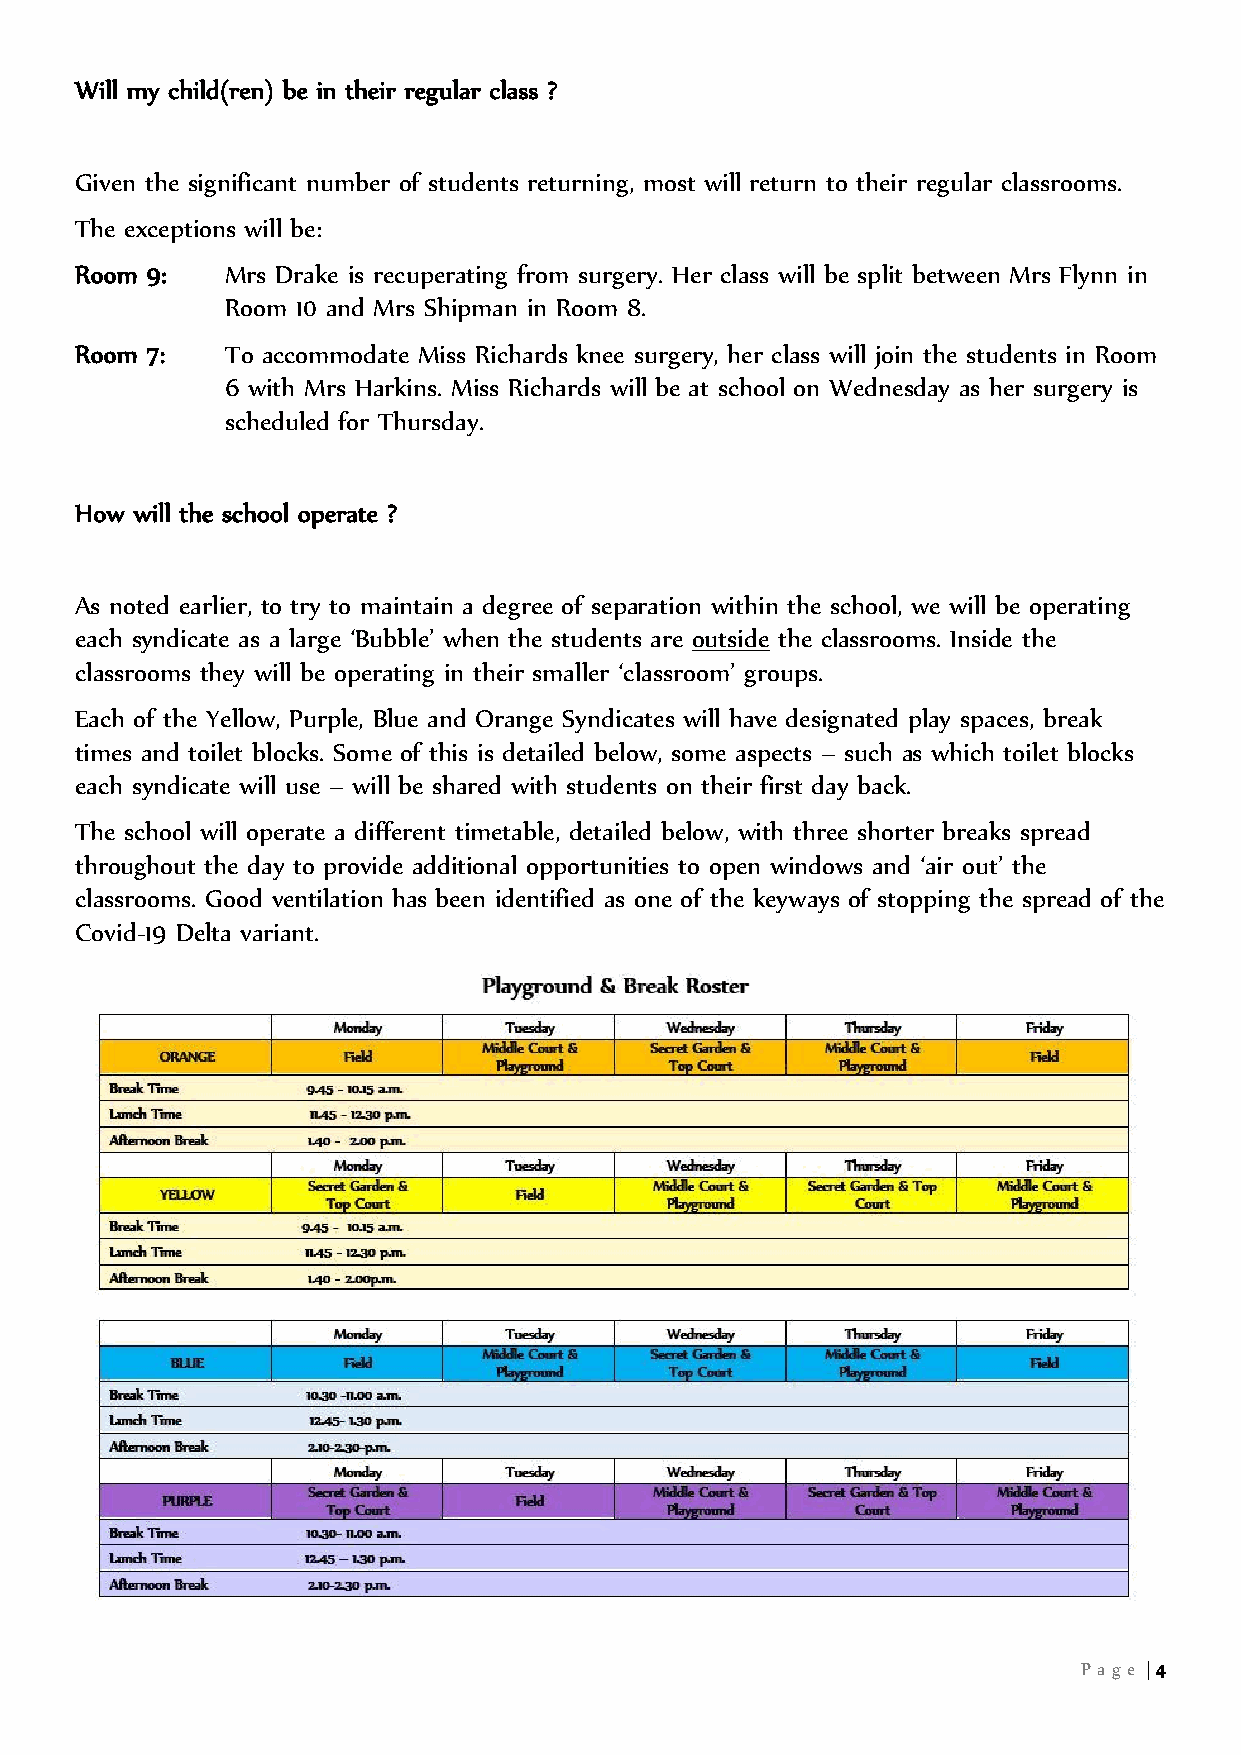
Will my child(ren) be in their regular class ?
 Given the significant number of students returning, most will return to their regular classrooms.
 The exceptions will be:
 Room 9:   Mrs Drake is recuperating from surgery. Her class will be split between Mrs Flynn in
 Room 10 and Mrs Shipman in Room 8.
 Room 7:   To accommodate Miss Richards knee surgery, her class will join the students in Room
 6 with Mrs Harkins. Miss Richards will be at school on Wednesday as her surgery is
 scheduled for Thursday.
 How will the school operate ?
 As noted earlier, to try to maintain a degree of separation within the school, we will be operating
 each syndicate as a large ‘Bubble’ when the students are outside the classrooms. Inside the
 classrooms they will be operating in their smaller ‘classroom’ groups.
 Each of the Yellow, Purple, Blue and Orange Syndicates will have designated play spaces, break
 times and toilet blocks. Some of this is detailed below, some aspects – such as which toilet blocks
 each syndicate will use – will be shared with students on their first day back.
 The school will operate a different timetable, detailed below, with three shorter breaks spread
 throughout the day to provide additional opportunities to open windows and ‘air out’ the
 classrooms. Good ventilation has been identified as one of the keyways of stopping the spread of the
 Covid-19 Delta variant.
 Pa ge | 4